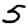
Digit: 5